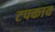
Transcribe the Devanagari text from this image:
टपकाव